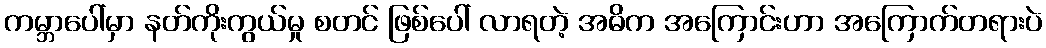
ကမ္ဘာပေါ်မှာ နတ်ကိုးကွယ်မှု စတင် ဖြစ်ပေါ် လာရတဲ့ အဓိက အကြောင်းဟာ အကြောက်တရားပဲ